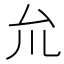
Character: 𠫝